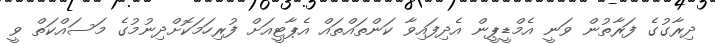
ދިރާގުގެ ފަރާތުން ވަނީ އެމްޑީޕީން އެދިފައިވާ ކަންތައްތައް އެޕާޓީއަށް ފުރިހަމަކޮށްދިނުމުގެ މަސައްކަތް ވީ